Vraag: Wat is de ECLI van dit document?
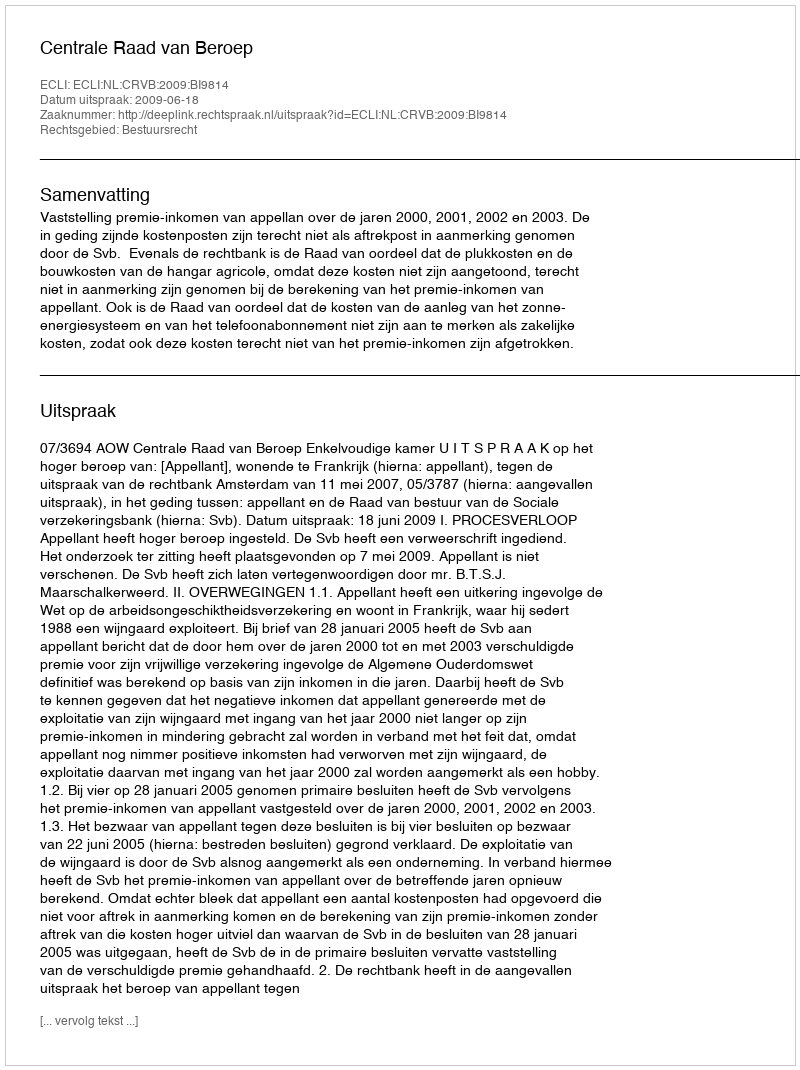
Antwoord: ECLI:NL:CRVB:2009:BI9814